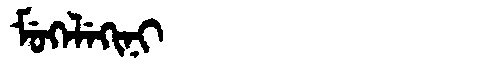
Manchu: ᠮᡠᡴᡝᠯᡝᡴᡳᠨᡳ
Romanization: MUKELEKINI